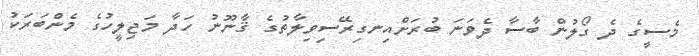
މެސީގެ ދެ ގޯލުން ބާސާ ދެވަނަ ބުރަށްއިނގިރޭސިވިލާތުގެ ޤާނޫނު ހަދާ މަޖިލީހުގެ މެންބަރަކު